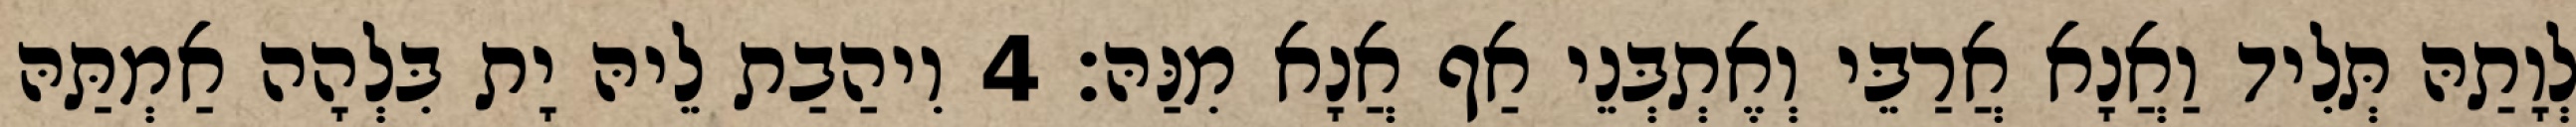
לְוָתַהּ תְּלִיד וַאֲנָא אֲרַבֵּי וְאֶתְבְּנֵי אַף אֲנָא מִנַּהּ׃ 4 וִיהַבַת לֵיהּ יָת בִּלְהָה אַמְתַּהּ